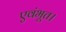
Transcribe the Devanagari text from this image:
एवंभूत।